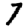
Digit: 7